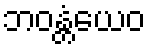
ဘဝန္တံယေဝ